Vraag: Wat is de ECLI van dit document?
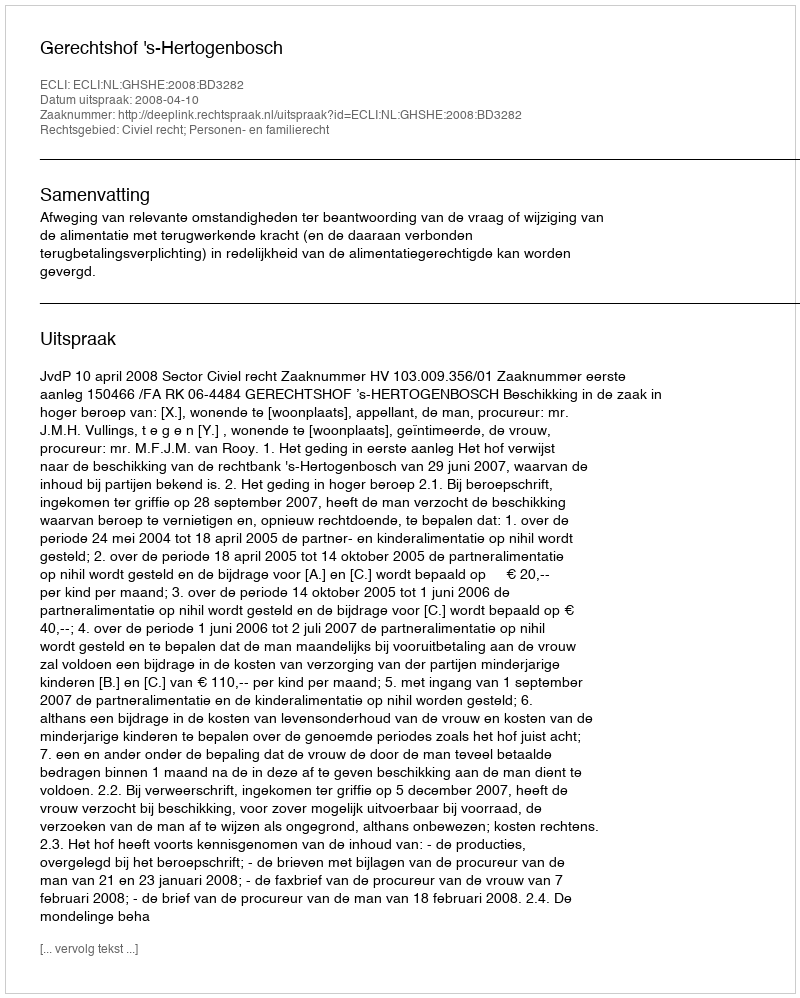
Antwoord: ECLI:NL:GHSHE:2008:BD3282